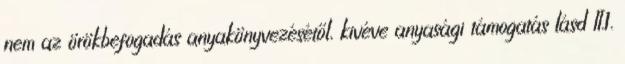
nem az örökbefogadás anyakönyvezésétől, kivéve anyasági támogatás lásd II.1.